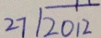
2 7 \sqrt { 2 0 1 2 }